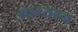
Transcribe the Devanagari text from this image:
भाग्यरन